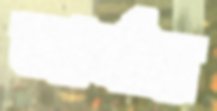
আর্থার